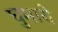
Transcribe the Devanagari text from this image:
घुमाये